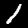
Label: 1